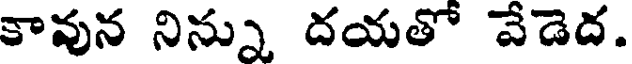
కావున నిన్ను దయతో వేడెద.